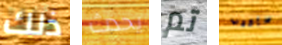
ذلك يحدث تم سأكذب